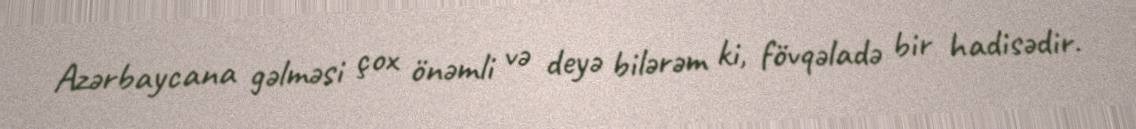
Azərbaycana gəlməsi çox önəmli və deyə bilərəm ki, fövqəladə bir hadisədir.